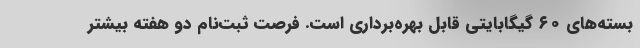
بسته‌های ۶۰ گیگابایتی قابل بهره‌برداری است. فرصت ثبت‌نام دو هفته بیشتر